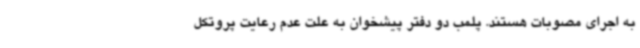
به اجرای مصوبات هستند. پلمب دو دفتر پیشخوان به علت عدم رعایت پروتکل